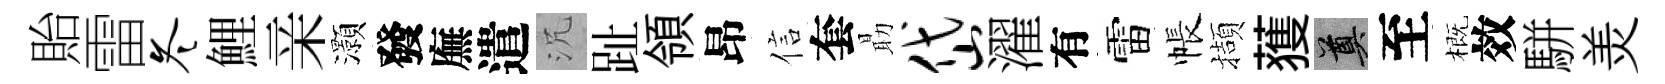
貽雷冬鯉亲灝發廡遣沉趾領昂信套朂岱濯有雷帳擷𫉬奠至概效駢羙